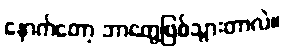
နောက်တော့ ဘာတွေဖြစ်သွားတာလဲ။